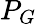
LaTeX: P_{G}